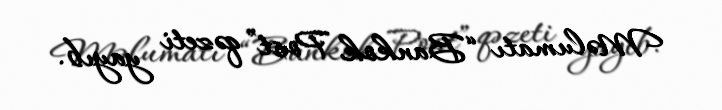
Məlumatı “Bankok Post” qəzeti yayıb.